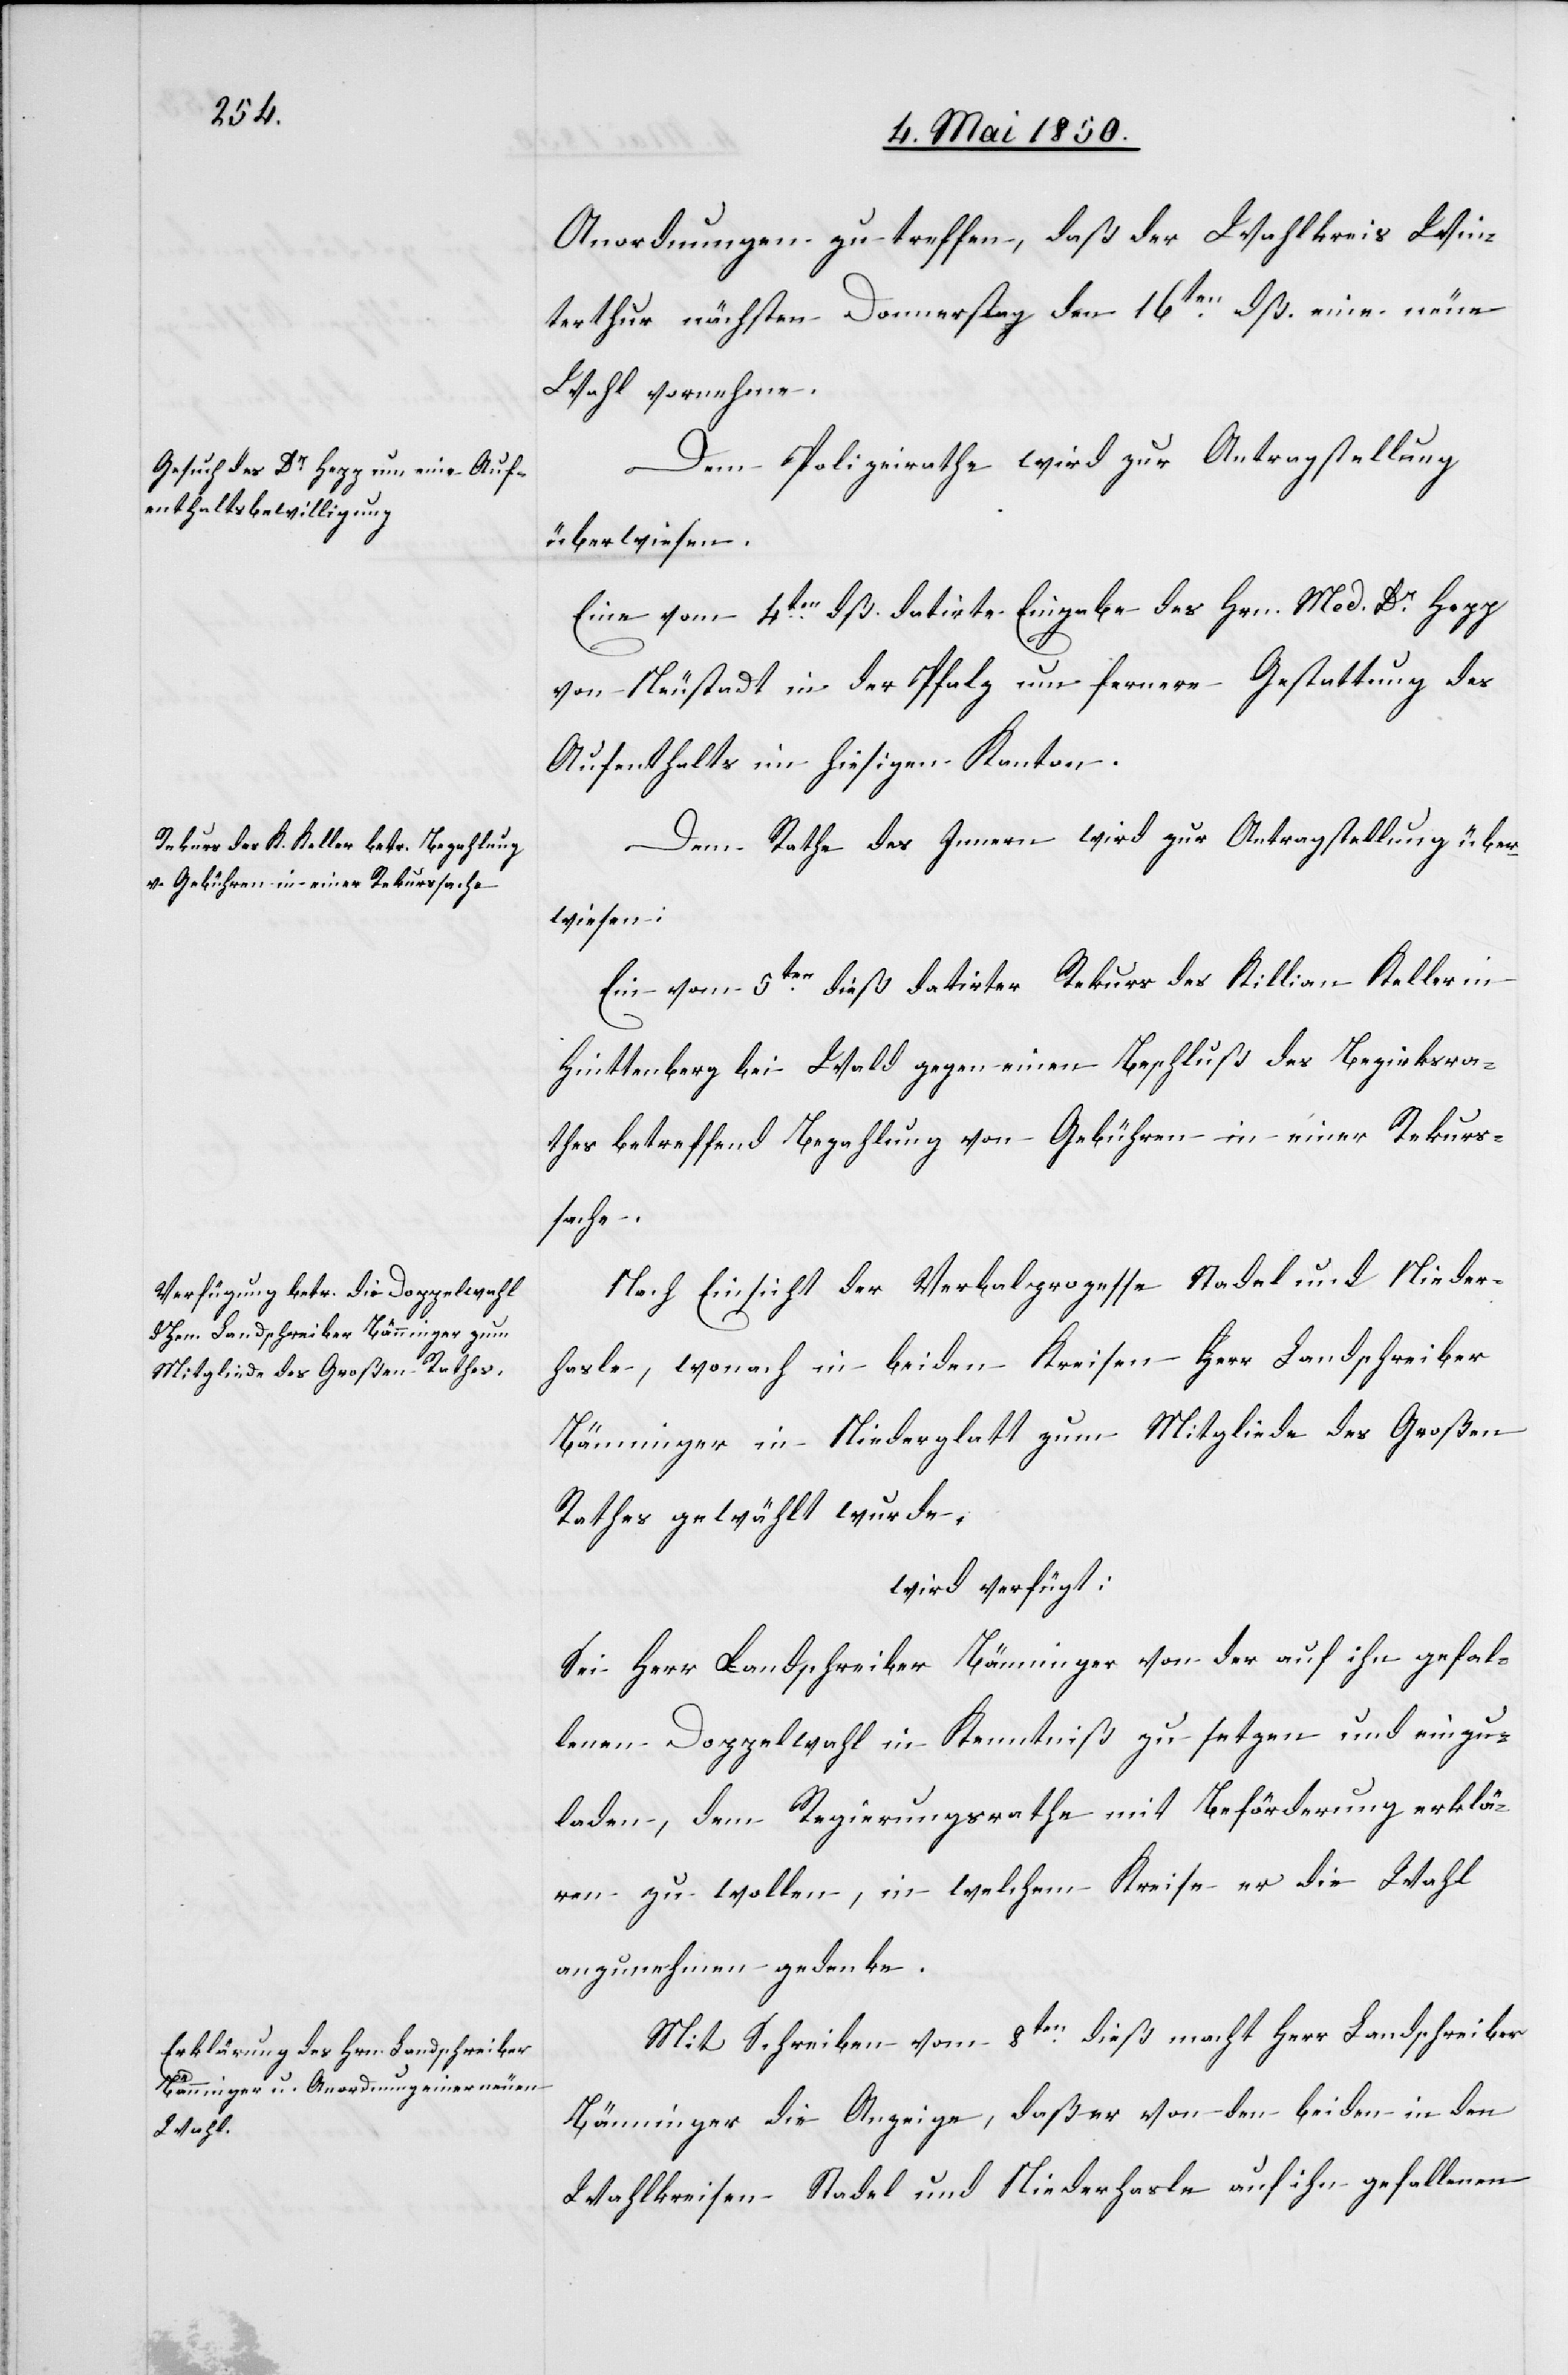
Anordnungen zu treffen, daß der Wahlkreis Win¬
terthur nächsten Donnerstag den 16ten dß. eine neue
Wahl vornehme.
Dem Polizeirathe wird zur Antragstellung
überwiesen.
Eine vom 4ten dß. datirte Eingabe des Hrn. Med. Dr Hopp
von Neustadt in der Pfalz um fernere Gestattung des
Aufenthaltes im hiesigen Kanton.
Dem Rathe des Innern wird zur Antragstellung über¬
wiesen:
Ein vom 5ten dieß datirter Rekurs des Killian Keller in
Hinttenberg bei Wald gegen einen Beschluß des Bezirksra¬
thes betreffend Bezahlung von Gebühren in einer Rekurs¬
sache.
Nach Einsicht der Verbalprozesse Stadel und Nieder¬
hasle, wonach in beiden Kreisen Herr Landschreiber
Bänninger in Niederglatt zum Mitgliede des Großen
Rathes gewählt wurde,
wird verfügt:
Sei Herr Landschreiber Bänninger von der auf ihn gefal¬
lenen Doppelwahl in Kenntniß zu setzen und einzu¬
laden, dem Regierungsrathe mit Beförderung erklä¬
ren zu wollen, in welchem Kreise er die Wahl
anzunehmen gedenke.
Mit Schreiben vom 8ten dieß macht Herr Landschreiber
Bänninger die Anzeige, daß er von den beiden in den
Wahlkreisen Stadel und Niederhasle auf ihn gefallenen